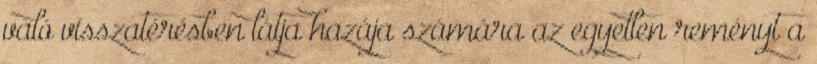
való visszatérésben látja hazája számára az egyetlen reményt a